Annual report of the Punjab Veterinary College and of the Civil Veterinary Department, Punjab - 1926-1932
Year: 1926
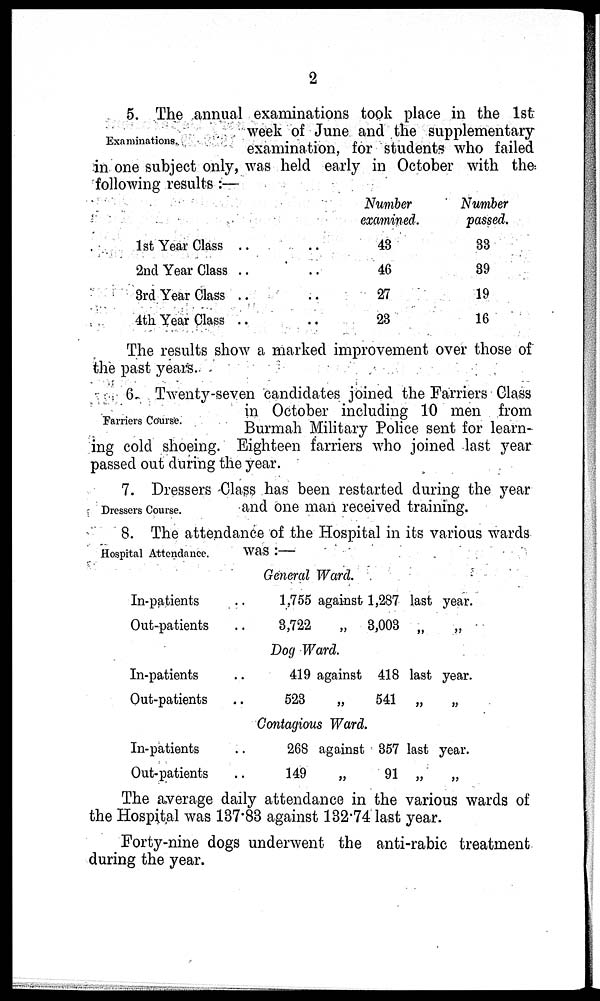
2
Examinations.
5. The annual examinations took place in the 1st
week of June and the supplementary
examination, for students who failed
in one subject only, was held early in October with the
following results :—
1st Year Class .. ..
2nd Year Class .. ..
3rd Year Class .. ..
4th Year Class .. ..
Number
examined.
43
46
27
28
Number
passed.
33
39
19
16
The results show a marked improvement over those of
the past years.
Farriers Course.
6. Twenty-seven candidates joined the Farriers Class
in October including 10 men from
Burmah Military Police sent for learn-
ing cold shoeing. Eighteen farriers who joined last year
passed out during the year.
Dressers Course.
7. Dressers Class has been restarted during the year
and one man received training.
Hospital Attendance.
8. The attendance of the Hospital in its various wards
was :—
General Ward.
In-patients ..
Out-patients ..
1,755 against 1,287 last year.
3,722
„ 3,003 „ „
Dog Ward.
In-patients ..
Out-patients ..
419 against 418 last year.
523
„
541 „
„
Contagious Ward.
In-patients ..
Out-patients ..
268 against 857 last year.
149
„
91 „
„
The average daily attendance in the various wards of
the Hospital was 187.83 against 132.74 last year.
Forty-nine dogs underwent the anti-rabic treatment
during the year.